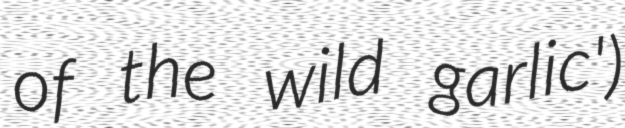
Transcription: of the wild garlic')